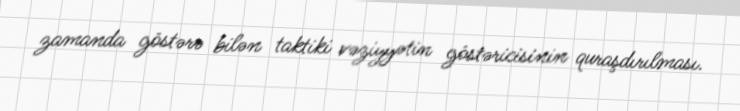
zamanda göstərə bilən taktiki vəziyyətin göstəricisinin quraşdırılması.